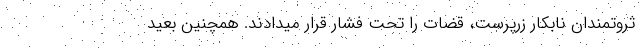
ثروتمندان نابکارِ زرپرست، قضات را تحت فشار قرار میدادند. همچنین بعید